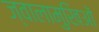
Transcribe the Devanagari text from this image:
ज्वालामुखिओं